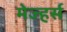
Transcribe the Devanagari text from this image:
मेज्हर्स